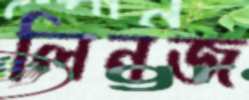
লিনজ